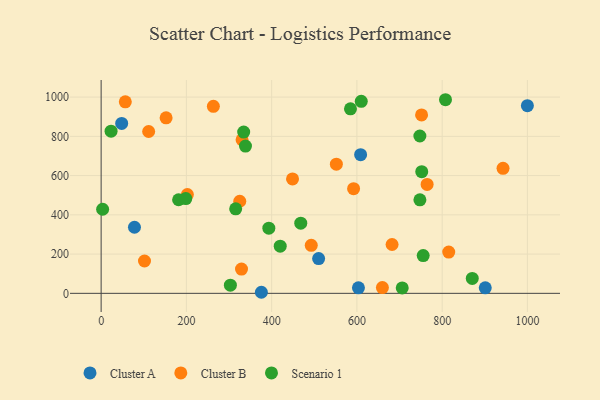
{"axis": {"x": "Engine Size", "y": "Yield"}, "legend": ["Cluster A", "Cluster B", "Scenario 1"], "data": [{"x": "603.6", "y": 28.1, "type": "Cluster A"}, {"x": "608.7", "y": 706.5, "type": "Cluster A"}, {"x": "78.2", "y": 336.6, "type": "Cluster A"}, {"x": "375.9", "y": 5.4, "type": "Cluster A"}, {"x": "510.2", "y": 176.9, "type": "Cluster A"}, {"x": "999.9", "y": 956.2, "type": "Cluster A"}, {"x": "48.2", "y": 865.9, "type": "Cluster A"}, {"x": "901.1", "y": 28.1, "type": "Cluster A"}, {"x": "659.8", "y": 29.3, "type": "Cluster B"}, {"x": "101.7", "y": 164.8, "type": "Cluster B"}, {"x": "551.8", "y": 658.3, "type": "Cluster B"}, {"x": "152.4", "y": 894.4, "type": "Cluster B"}, {"x": "492.9", "y": 244.5, "type": "Cluster B"}, {"x": "202.3", "y": 503.7, "type": "Cluster B"}, {"x": "329.3", "y": 123.6, "type": "Cluster B"}, {"x": "111.5", "y": 824.7, "type": "Cluster B"}, {"x": "330.6", "y": 782.5, "type": "Cluster B"}, {"x": "325.2", "y": 469.1, "type": "Cluster B"}, {"x": "449.0", "y": 582.8, "type": "Cluster B"}, {"x": "592.2", "y": 533.4, "type": "Cluster B"}, {"x": "942.8", "y": 636.9, "type": "Cluster B"}, {"x": "751.7", "y": 909.3, "type": "Cluster B"}, {"x": "682.5", "y": 248.8, "type": "Cluster B"}, {"x": "263.3", "y": 952.9, "type": "Cluster B"}, {"x": "56.7", "y": 975.8, "type": "Cluster B"}, {"x": "815.4", "y": 210.2, "type": "Cluster B"}, {"x": "764.7", "y": 554.8, "type": "Cluster B"}, {"x": "3.5", "y": 428.4, "type": "Scenario 1"}, {"x": "706.3", "y": 27.4, "type": "Scenario 1"}, {"x": "393.4", "y": 332.1, "type": "Scenario 1"}, {"x": "23.3", "y": 826.4, "type": "Scenario 1"}, {"x": "468.3", "y": 357.4, "type": "Scenario 1"}, {"x": "338.6", "y": 750.4, "type": "Scenario 1"}, {"x": "747.8", "y": 476.7, "type": "Scenario 1"}, {"x": "334.4", "y": 821.6, "type": "Scenario 1"}, {"x": "755.5", "y": 192.4, "type": "Scenario 1"}, {"x": "181.7", "y": 476.9, "type": "Scenario 1"}, {"x": "198.6", "y": 482.8, "type": "Scenario 1"}, {"x": "303.2", "y": 41.8, "type": "Scenario 1"}, {"x": "315.6", "y": 430.5, "type": "Scenario 1"}, {"x": "610.2", "y": 978.6, "type": "Scenario 1"}, {"x": "807.8", "y": 986.5, "type": "Scenario 1"}, {"x": "747.7", "y": 801.7, "type": "Scenario 1"}, {"x": "870.6", "y": 76.2, "type": "Scenario 1"}, {"x": "752.1", "y": 620.1, "type": "Scenario 1"}, {"x": "584.9", "y": 940.0, "type": "Scenario 1"}, {"x": "420.1", "y": 240.1, "type": "Scenario 1"}]}